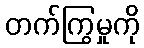
တက်ကြွမှုကို